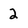
Character: 2